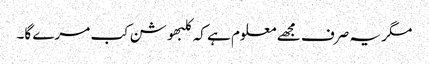
مگر یہ صرف مجھے معلوم ہے کہ کلبھوشن کب مرے گا۔